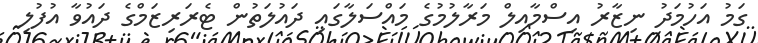
ގަމު އަހުމަދު ނިޒާރު އިސްމާއިލް މަރާލުމުގެ މައްސަލާގައި ދައުލަތުން ޓެރަރިޒަމްގެ ދައުވާ އުފުލި